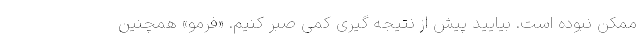
ممکن نبوده است. بیایید پیش از نتیجه گیری کمی صبر کنیم. «فرمو» همچنین